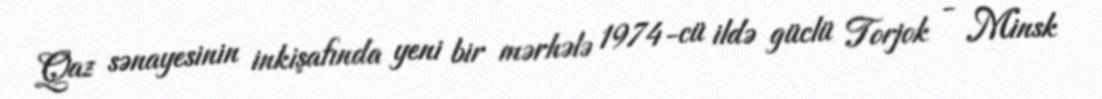
Qaz sənayesinin inkişafında yeni bir mərhələ 1974-cü ildə güclü Torjok - Minsk